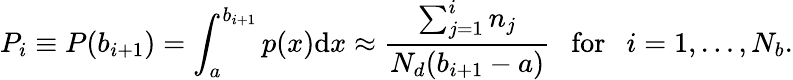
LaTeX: P_{i}\equiv P(b_{i+1})=\int_{a}^{b_{i+1}}p(x)\textrm{d}x\approx\frac{\sum_{j=1}^{i}n_{j}}{N_{d}(b_{i+1}-a)}\ \ \ \textrm{for}\ \ \ i=1,\dots,N_{b}.